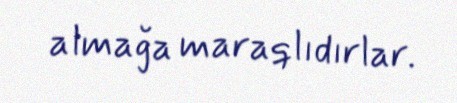
almağa maraqlıdırlar.